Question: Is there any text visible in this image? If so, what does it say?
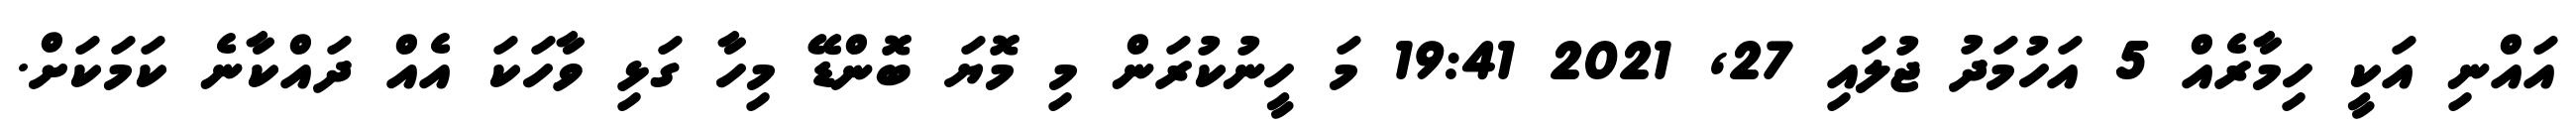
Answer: އައްނި އަކީ ހިމާރެއް 5 އަހުމަދު ޖުލައި 27, 2021 19:41 މަ ހީނުކުރަން މި މޮޔަ ބޮންޑޭ މިހާ ގަޅި ވާހަކަ އެއް ދައްކާނެ ކަމަކަށް.